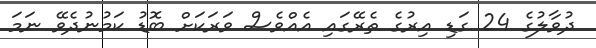
ދުވާލުގެ 24 ގަޑި އިރުގެ ތެރޭގައި އެއްވެސް ވަރަކަށް ބޮޑު ކަމުނުދެވޭ ނަމަ